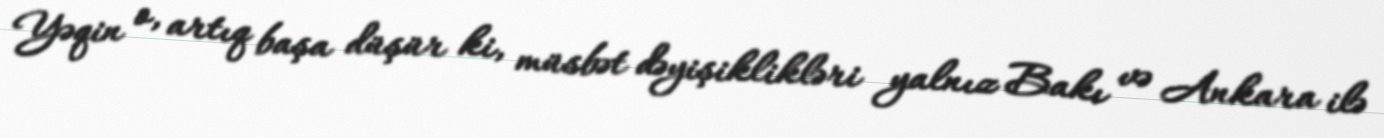
Yəqin o, artıq başa düşür ki, müsbət dəyişiklikləri yalnız Bakı və Ankara ilə